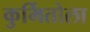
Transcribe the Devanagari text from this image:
कुर्मितोला